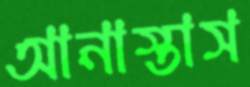
আনাস্তাস